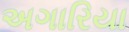
અગારિયા